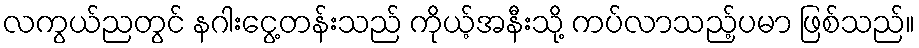
လကွယ်ညတွင် နဂါးငွေ့တန်းသည် ကိုယ့်အနီးသို့ ကပ်လာသည့်ပမာ ဖြစ်သည်။